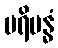
ပရိဗန္ဓံ